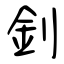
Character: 釗